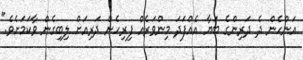
އަންހެން ދެ ދަރިންގެ ބަޔާ އެއްފަދަ މިންވަރެއް ފިރިހެން ދަރިއަށް ލިބިގެން ވާކަމަށެވެ."